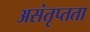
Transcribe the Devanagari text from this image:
असंतृप्तता